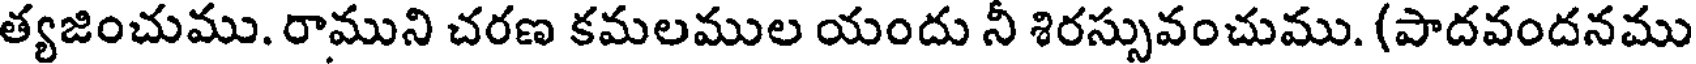
త్యజించుము. రాముని చరణ కమలముల యందు నీ శిరస్సువంచుము. (పాదవందనము